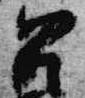
召